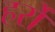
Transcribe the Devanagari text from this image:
हर्रो